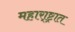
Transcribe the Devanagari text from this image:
महारा्ष्ट्रात